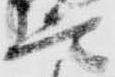
言